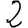
Digit: 2